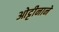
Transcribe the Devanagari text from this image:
ओट्टीनाने